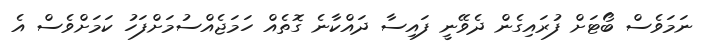
ނަމަވެސް ބޯޓަށް ފުރައިގެން ދެވޭނީ ފައިސާ ދައްކާނެ ގޮތެއް ހަަމަޖެއްސުމަށްފަހު ކަމަށްވެސް އެ